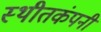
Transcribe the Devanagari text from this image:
स्थीतकंपनी